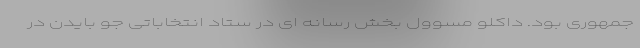
جمهوری بود. داکلو مسوول بخش رسانه ای در ستاد انتخاباتی جو بایدن در